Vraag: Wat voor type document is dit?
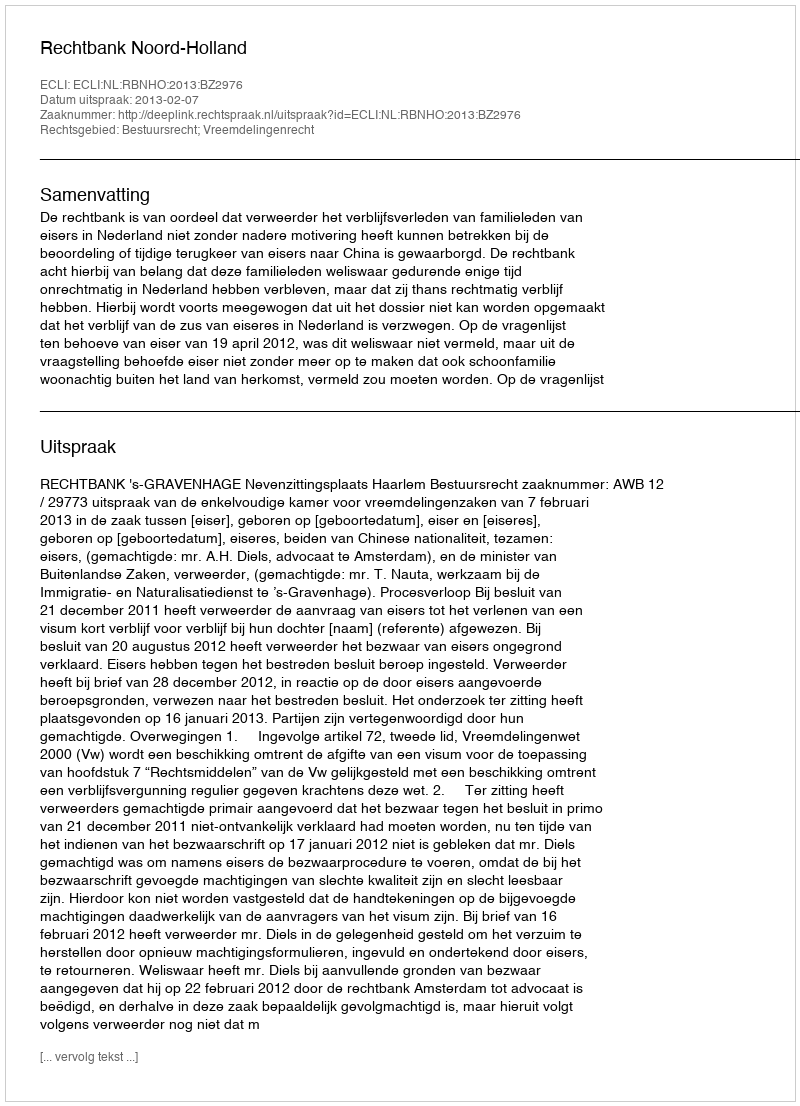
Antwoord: Uitspraak